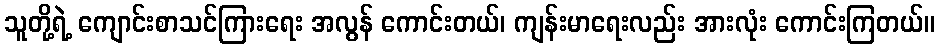
သူတို့ရဲ့ ကျောင်းစာသင်ကြားရေး အလွန် ကောင်းတယ်၊ ကျန်းမာရေးလည်း အားလုံး ကောင်းကြတယ်။